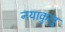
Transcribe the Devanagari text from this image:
नयाकुलू